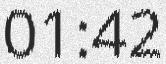
01:42